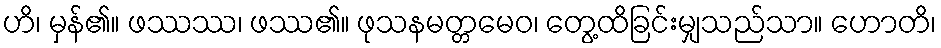
ဟိ၊ မှန်၏။ ဖဿဿ၊ ဖဿ၏။ ဖုသနမတ္တမေဝ၊ တွေ့ထိခြင်းမျှသည်သာ။ ဟောတိ၊